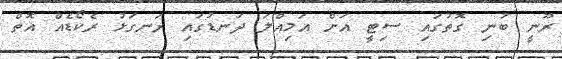
ރޫނީ ބުނި ގޮތުގައި ސިޓީ އަށް އަމިއްލަ ދަނޑުގައި ރަނގަޅު ރެކޯޑެއް އޮތް